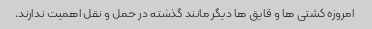
امروزه کشتی ها و قایق ها دیگر مانند گذشته در حمل و نقل اهمیت ندارند.